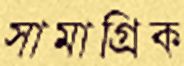
সামাগ্রিক